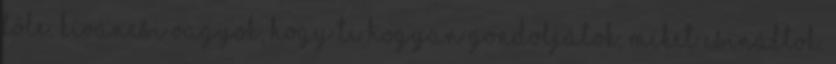
tőle. kíváncsi vagyok, hogy ti hogyan gondoljátok, miket csináltok.